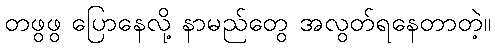
တဖွဖွ ပြောနေလို့ နာမည်တွေ အလွတ်ရနေတာတဲ့။